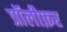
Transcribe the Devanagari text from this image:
प्रॉलीफ़र